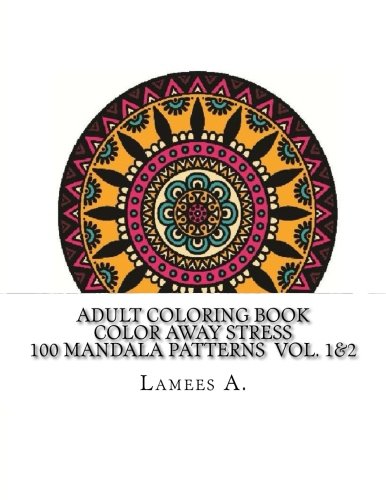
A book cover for Adult Coloring Book: Color Away Stress  100 Mandala Patterns  Vol. 1&2 (Adult Coloring Books); Lamees A.; Business & Money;